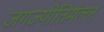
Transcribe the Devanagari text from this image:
जगज्योतिर्मल्ल